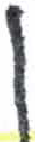
אות: ן